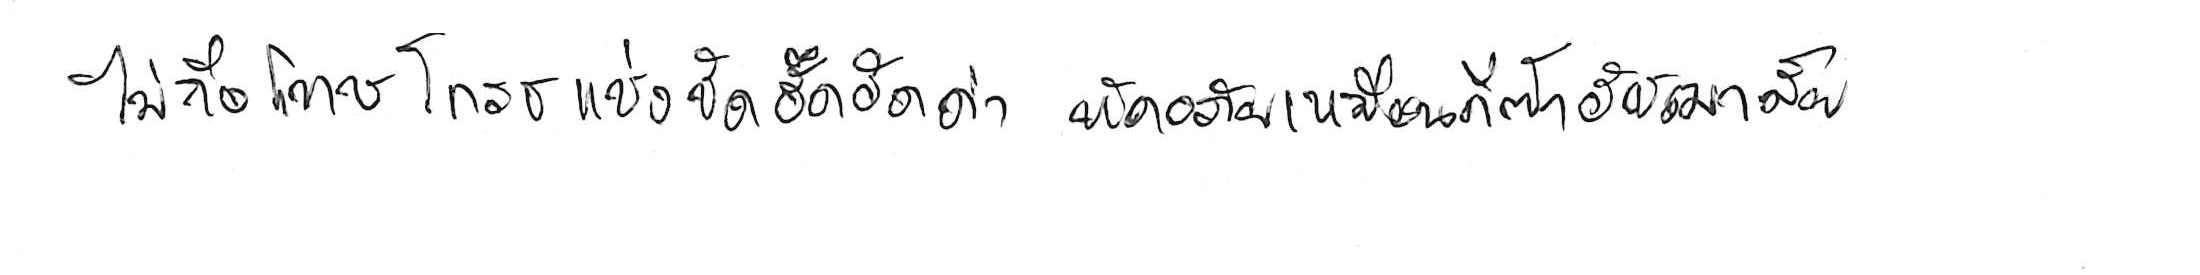
ไม่ถือโทษโกรธแช่งซัดฮึดฮัดด่า หัดอภัยเหมือนกีฬาอัชฌาสัย